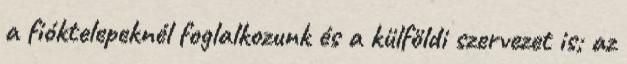
a fióktelepeknél foglalkozunk és a külföldi szervezet is; az